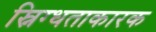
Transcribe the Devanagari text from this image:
स्निग्धताकारक